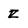
Character: Z